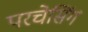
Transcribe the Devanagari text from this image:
परचेसिंग